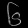
Digit: ၆